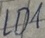
Text: LD1